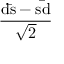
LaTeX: \mathrm { \frac { d { \bar { s } } - s { \bar { d } } } { \sqrt { 2 } } }